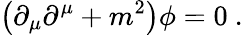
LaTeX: \left(\partial_{\mu}\partial^{\mu}+m^{2}\right)\phi=0~.